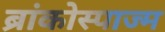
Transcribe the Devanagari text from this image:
ब्रांकोस्पाज्म